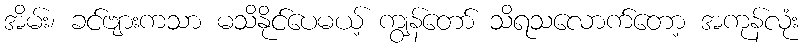
အိမ်း၊ ခင်ဗျားကသာ မသိနိုင်ပေမယ့် ကျွန်တော် သိရသလောက်တော့ အကုန်လုံး